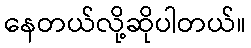
နေတယ်လို့ဆိုပါတယ်။